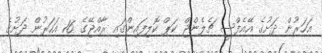
އަހަރުން ދަށުގެ އޭއެފްސީ ޗެލެންޖް ކަޕް ކޮލިފައިންގައި ރާއްޖޭގެ 16 އަހަރުން ދަށުގެ